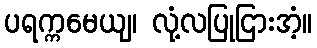
ပရက္ကမေယျ၊ လုံ့လပြုငြားအံ့။